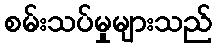
စမ်းသပ်မှုများသည်